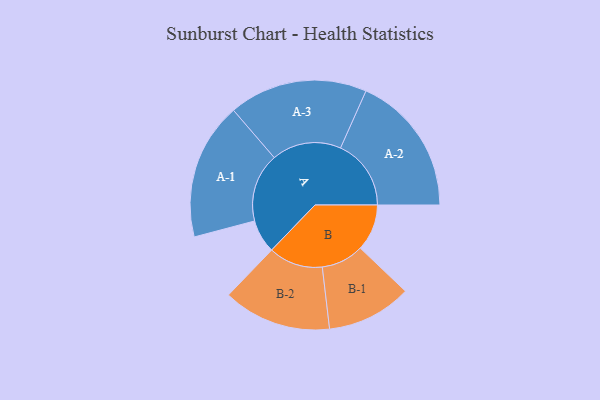
{"axis": {"x": "Segment", "y": "Value"}, "legend": ["", "A", "B"], "data": [{"x": "A", "y": 137, "type": ""}, {"x": "B", "y": 191, "type": ""}, {"x": "A-1", "y": 281, "type": "A"}, {"x": "A-2", "y": 289, "type": "A"}, {"x": "A-3", "y": 284, "type": "A"}, {"x": "B-1", "y": 174, "type": "B"}, {"x": "B-2", "y": 222, "type": "B"}]}